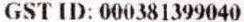
GST ID: 000381399040